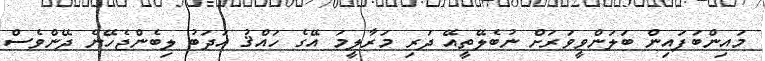
މައިންބަފައިން ބަލަންވީވަރަށް ނުބެލޭތީއޭ ދަރި މަރާލީމަ އޭގެ ހައްޤު އަދަބު ލިބެންޖެހޭނެ ދޭންވެސް